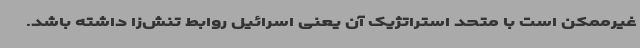
غیرممکن است با متحد استراتژیک آن یعنی اسرائیل روابط تنش‌زا داشته باشد.